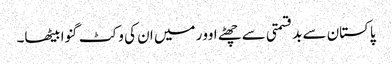
پاکستان سے بدقسمتی سے چھٹے اوور میں ان کی وکٹ گنوا بیٹھا۔